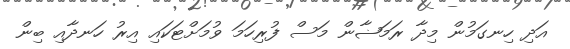
އަދި ހިނގަމުން މިދާ ރަމަޟާން މަސް ފުރިހަމަ ވުމަށްޓަކައި އިރު ހަނދާއި ބިން